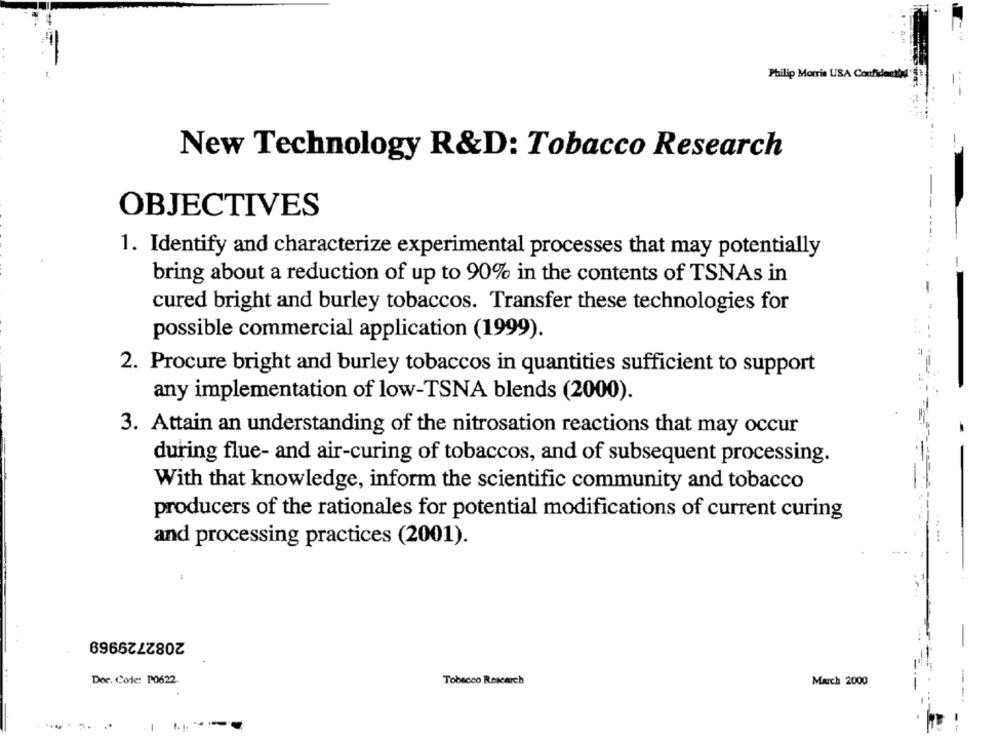
Philip Morris USA Confidentbd
New Technology R&D: Tobacco Research
OBJECTIVES
------
1. Identify and characterize experimental processes that may potentially
-
bring about a reduction of up to 90% in the contents of TSNAs in
cured bright and burley tobaccos. Transfer these technologies for
possible commercial application (1999).
2. Procure bright and burley tobaccos in quantities sufficient to support
any implementation of low-TSNA blends (2000).
3. Attain an understanding of the nitrosation reactions that may occur
during flue- and air-curing of tobaccos, and of subsequent processing.
With that knowledge, inform the scientific community and tobacco
producers of the rationales for potential modifications of current curing
and processing practices (2001).
2082729969
...
Doc. Code: P0622.
Tobacco Rescarch
March 2000
1.1